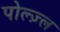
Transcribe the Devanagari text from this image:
पोल्ज़्ल